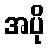
အပို